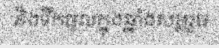
និងទឹកចូលក្នុងឆ្នាំងសម្លរួច